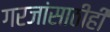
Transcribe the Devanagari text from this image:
गरजांसाठीही